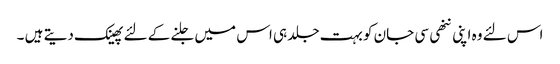
اس لئے وہ اپنی ننھی سی جان کو بہت جلد ہی اس میں جلنے کے لئے پھینک دیتے ہیں ۔